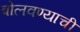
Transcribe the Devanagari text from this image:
बोलवण्याची